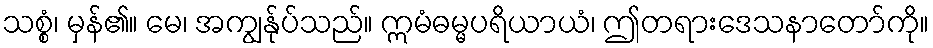
သစ္စံ၊ မှန်၏။ မေ၊ အကျွန်ုပ်သည်။ ဣမံဓမ္မပရိယာယံ၊ ဤတရားဒေသနာတော်ကို။